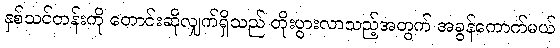
နှစ်သင်တန်းကို တောင်းဆိုလျှက်ရှိသည် တိုးပွားလာသည့်အတွက် အခွန်ကောက်မယ်